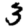
Digit: 3